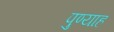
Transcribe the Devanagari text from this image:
पुण्याह